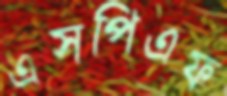
এসপিএফ